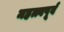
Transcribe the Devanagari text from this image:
महत्त्वपूर्व